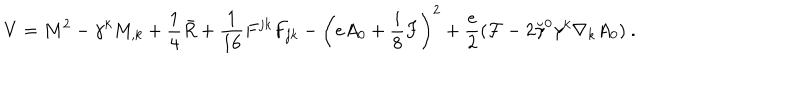
LaTeX: V = M ^ { 2 } - \gamma ^ { k } M _ { , k } + \frac 1 4 \bar { R } + { \frac { 1 } { 1 6 } } F ^ { j k } F _ { j k } - \left( e A _ { 0 } + \frac i 8 F \right) ^ { 2 } + { \frac { e } { 2 } } ( { \cal F } - 2 \breve { \gamma } ^ { 0 } \gamma ^ { k } \nabla _ { k } A _ { 0 } ) ~ .